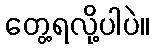
တွေ့ရလို့ပါပဲ။